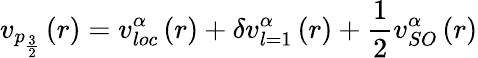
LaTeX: v_{p_{\frac{3}{2}}}\left(r\right)=v_{loc}^{\alpha}\left(r\right)+\delta v_{l=1}^{\alpha}\left(r\right)+\frac{1}{2}v_{SO}^{\alpha}\left(r\right)